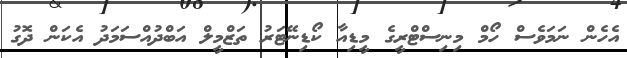
އެހެން ނަމަވެސް ހޯމް މިނިސްޓްރީގެ މީޑިއާ ކޯޑިނޭޓަރު ތަޒްމީލް އަބްދުއްސަމަދު އެކަން ދޮގު